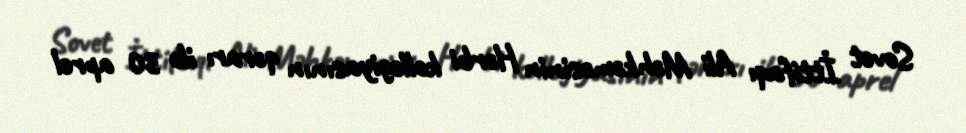
Sovet İttifaqı Ali Məhkəməsinin Hərbi kollegiyasının qərarı ilə 30 aprel